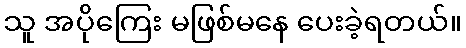
သူ အပိုကြေး မဖြစ်မနေ ပေးခဲ့ရတယ်။